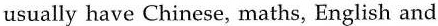
usually have Chinese, maths, English and